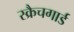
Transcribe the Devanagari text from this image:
स्क्रैचगार्ड